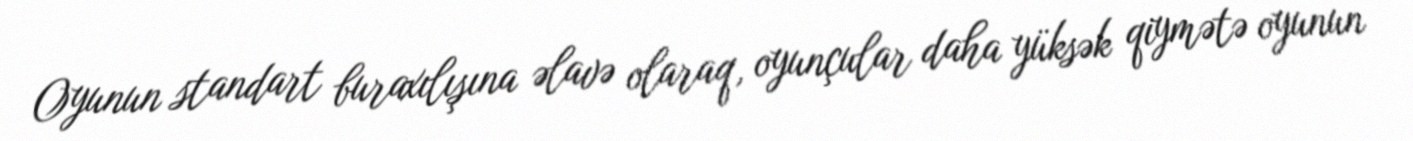
Oyunun standart buraxılışına əlavə olaraq, oyunçular daha yüksək qiymətə oyunun